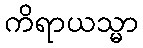
ကိရာယသ္မာ